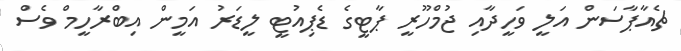
ޗެއާޕާސަން އަލީ ވަހީދާއި ޖުމްހޫރީ ޕާޓީގެ ޑެޕިއުޓީ ލީޑަރު އަމީން އިބްރާހީމް ވެސް